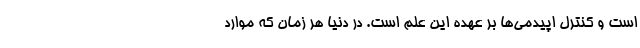
است و کنترل اپیدمی‌ها بر عهده این علم است. در دنیا هر زمان که موارد